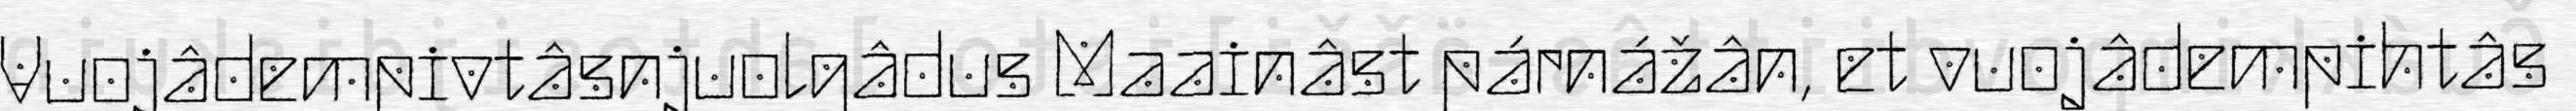
Vuojâdempivtâsnjuolgâdus Maainâst párnážân, et vuojâdempihtâs